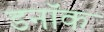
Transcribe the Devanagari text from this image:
डनॉक